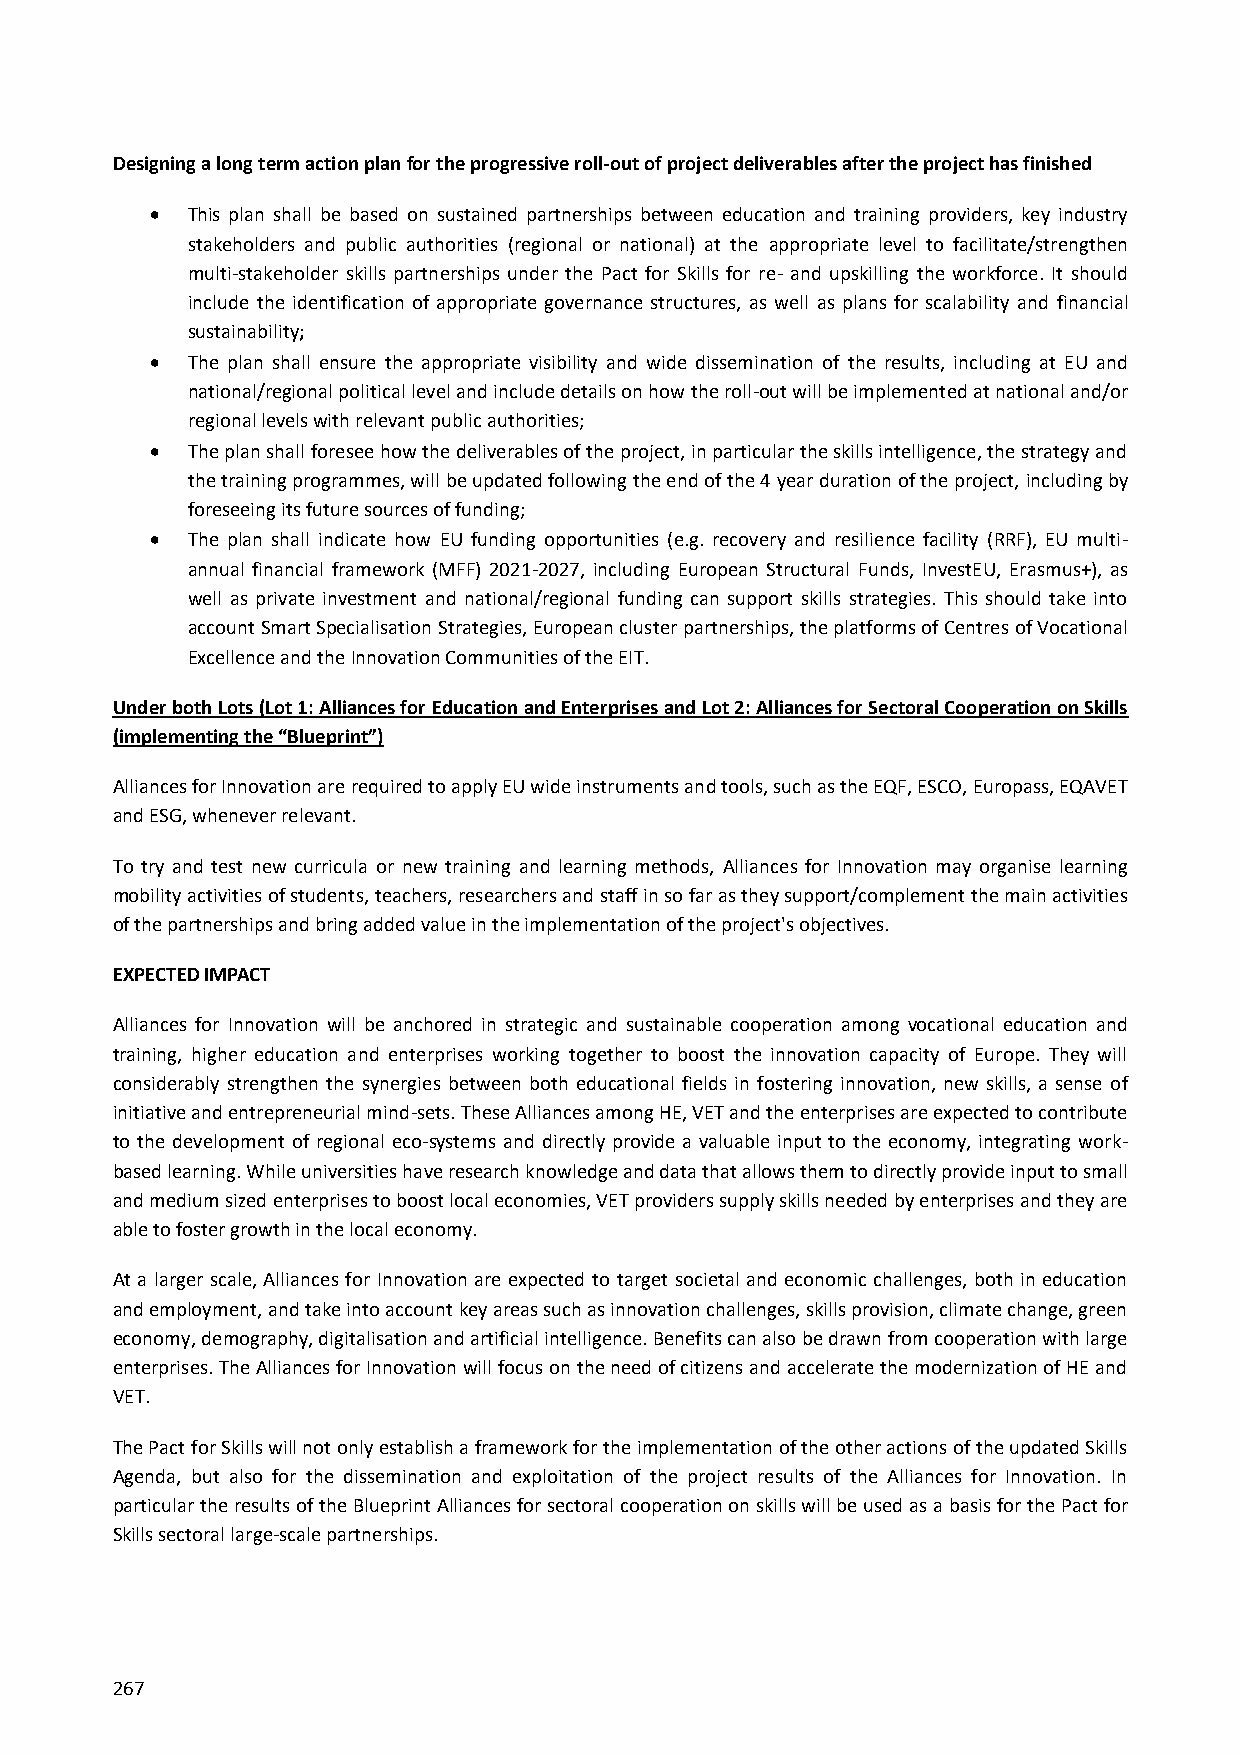
Designing a long term action plan for the progressive roll-out of project deliverables after the project has finished
  This plan shall be based on sustained partnerships between education and training providers, key industry
 stakeholders and public authorities (regional or national) at the appropriate level to facilitate/strengthen
 multi-stakeholder skills partnerships under the Pact for Skills for re- and upskilling the workforce. It should
 include the identification of appropriate governance structures, as well as plans for scalability and financial
 sustainability;
  The plan shall ensure the appropriate visibility and wide dissemination of the results, including at EU and
 national/regional political level and include details on how the roll-out will be implemented at national and/or
 regional levels with relevant public authorities;
  The plan shall foresee how the deliverables of the project, in particular the skills intelligence, the strategy and
 the training programmes, will be updated following the end of the 4 year duration of the project, including by
 foreseeing its future sources of funding;
  The plan shall indicate how EU funding opportunities (e.g. recovery and resilience facility (RRF), EU multi-
 annual financial framework (MFF) 2021-2027, including European Structural Funds, InvestEU, Erasmus+), as
 well as private investment and national/regional funding can support skills strategies. This should take into
 account Smart Specialisation Strategies, European cluster partnerships, the platforms of Centres of Vocational
 Excellence and the Innovation Communities of the EIT.
 Under both Lots (Lot 1: Alliances for Education and Enterprises and Lot 2: Alliances for Sectoral Cooperation on Skills
 (implementing the “Blueprint”)
 Alliances for Innovation are required to apply EU wide instruments and tools, such as the EQF, ESCO, Europass, EQAVET
 and ESG, whenever relevant.
 To try and test new curricula or new training and learning methods, Alliances for Innovation may organise learning
 mobility activities of students, teachers, researchers and staff in so far as they support/complement the main activities
 of the partnerships and bring added value in the implementation of the project's objectives.
 EXPECTED IMPACT
 Alliances for Innovation will be anchored in strategic and sustainable cooperation among vocational education and
 training, higher education and enterprises working together to boost the innovation capacity of Europe. They will
 considerably strengthen the synergies between both educational fields in fostering innovation, new skills, a sense of
 initiative and entrepreneurial mind-sets. These Alliances among HE, VET and the enterprises are expected to contribute
 to the development of regional eco-systems and directly provide a valuable input to the economy, integrating work-
 based learning. While universities have research knowledge and data that allows them to directly provide input to small
 and medium sized enterprises to boost local economies, VET providers supply skills needed by enterprises and they are
 able to foster growth in the local economy.
 At a larger scale, Alliances for Innovation are expected to target societal and economic challenges, both in education
 and employment, and take into account key areas such as innovation challenges, skills provision, climate change, green
 economy, demography, digitalisation and artificial intelligence. Benefits can also be drawn from cooperation with large
 enterprises. The Alliances for Innovation will focus on the need of citizens and accelerate the modernization of HE and
 VET.
 The Pact for Skills will not only establish a framework for the implementation of the other actions of the updated Skills
 Agenda, but also for the dissemination and exploitation of the project results of the Alliances for Innovation. In
 particular the results of the Blueprint Alliances for sectoral cooperation on skills will be used as a basis for the Pact for
 Skills sectoral large-scale partnerships.
 267